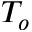
T _ { o }